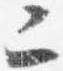
二